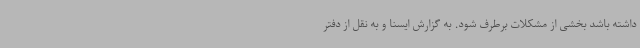
داشته باشد بخشی از مشکلات برطرف شود. به گزارش ایسنا و به نقل از دفتر